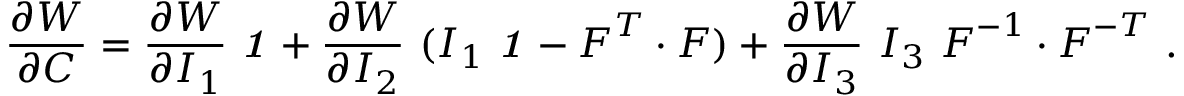
{ \frac { \partial W } { \partial { \boldsymbol { C } } } } = { \frac { \partial W } { \partial I _ { 1 } } } ~ { \boldsymbol { \mathit { 1 } } } + { \frac { \partial W } { \partial I _ { 2 } } } ~ ( I _ { 1 } ~ { \boldsymbol { \mathit { 1 } } } - { \boldsymbol { F } } ^ { T } \cdot { \boldsymbol { F } } ) + { \frac { \partial W } { \partial I _ { 3 } } } ~ I _ { 3 } ~ { \boldsymbol { F } } ^ { - 1 } \cdot { \boldsymbol { F } } ^ { - T } ~ .